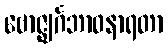
ဗောဇ္ဈင်္ဂဘာဝနာရတာ